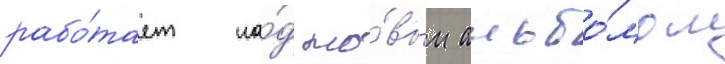
рабо́тает на́д но́вым альбо́мом